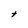
Character: t